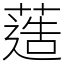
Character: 䔏